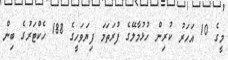
މީގެ 10 އަހަރު ކުރިން ހުޅުމާލޭގެ ފުރަތަމަ ފިޔަވަހީގެ 188 ހެކްޓަރުގެ ބިން